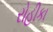
રોહીકા